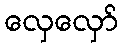
လှေလှော်